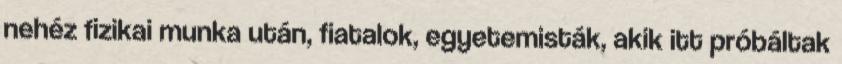
nehéz fizikai munka után, fiatalok, egyetemisták, akik itt próbáltak